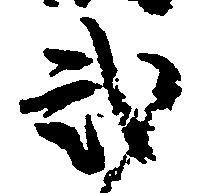
弐